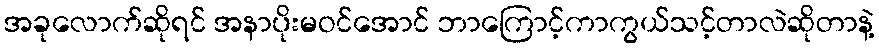
အခုလောက်ဆိုရင် အနာပိုးမဝင်အောင် ဘာကြောင့်ကာကွယ်သင့်တာလဲဆိုတာနဲ့